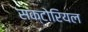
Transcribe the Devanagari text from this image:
सक्टोरियल